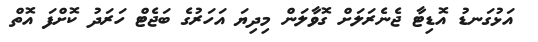
އަޅުގަނޑު އޮޑިޓާ ޖެނެރަލަށް ގޮވާލަން މިދިޔަ އަހަރުގެ ބަޖެޓް ހަރަދު ކޮށްފަ އޮތް